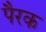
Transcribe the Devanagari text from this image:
पैरक